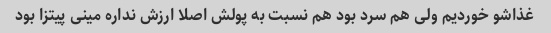
غذاشو خوردیم ولی هم سرد بود هم نسبت به پولش اصلا ارزش نداره مینی پیتزا بود